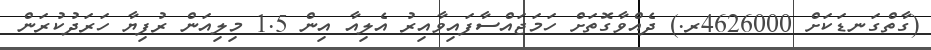
(ގާތްގަނޑަކަށް 4626000ރ.) ދެއްވާގޮތަށް ހަމަޖައްސާފައިވާއިރު އެލިއާ އިން 1.5 މިލިއަން ރުފިޔާ ހަރަދުކުރަން